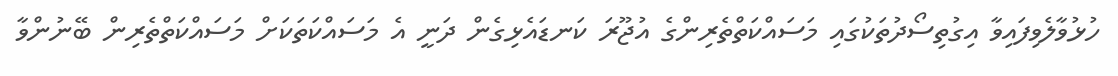
ހުޅުވާލެވިފައިވާ އިގުތިސޯދުތަކުގައި މަސައްކަތްތެރިންގެ އުޖޫރަ ކަނޑައެޅިގެން ދަނީ އެ މަސައްކަތަކަށް މަސައްކަތްތެރިން ބޭނުންވާ